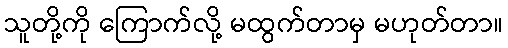
သူတို့ကို ကြောက်လို့ မထွက်တာမှ မဟုတ်တာ။